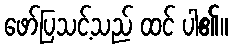
ဖော်ပြသင့်သည် ထင် ပါ၏။